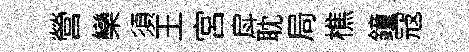
營欒須王宮戽耽局樵鐘冦